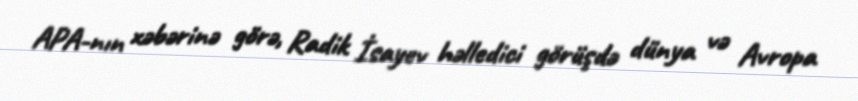
APA-nın xəbərinə görə, Radik İsayev həlledici görüşdə dünya və Avropa